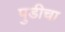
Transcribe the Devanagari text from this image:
पुडीचा